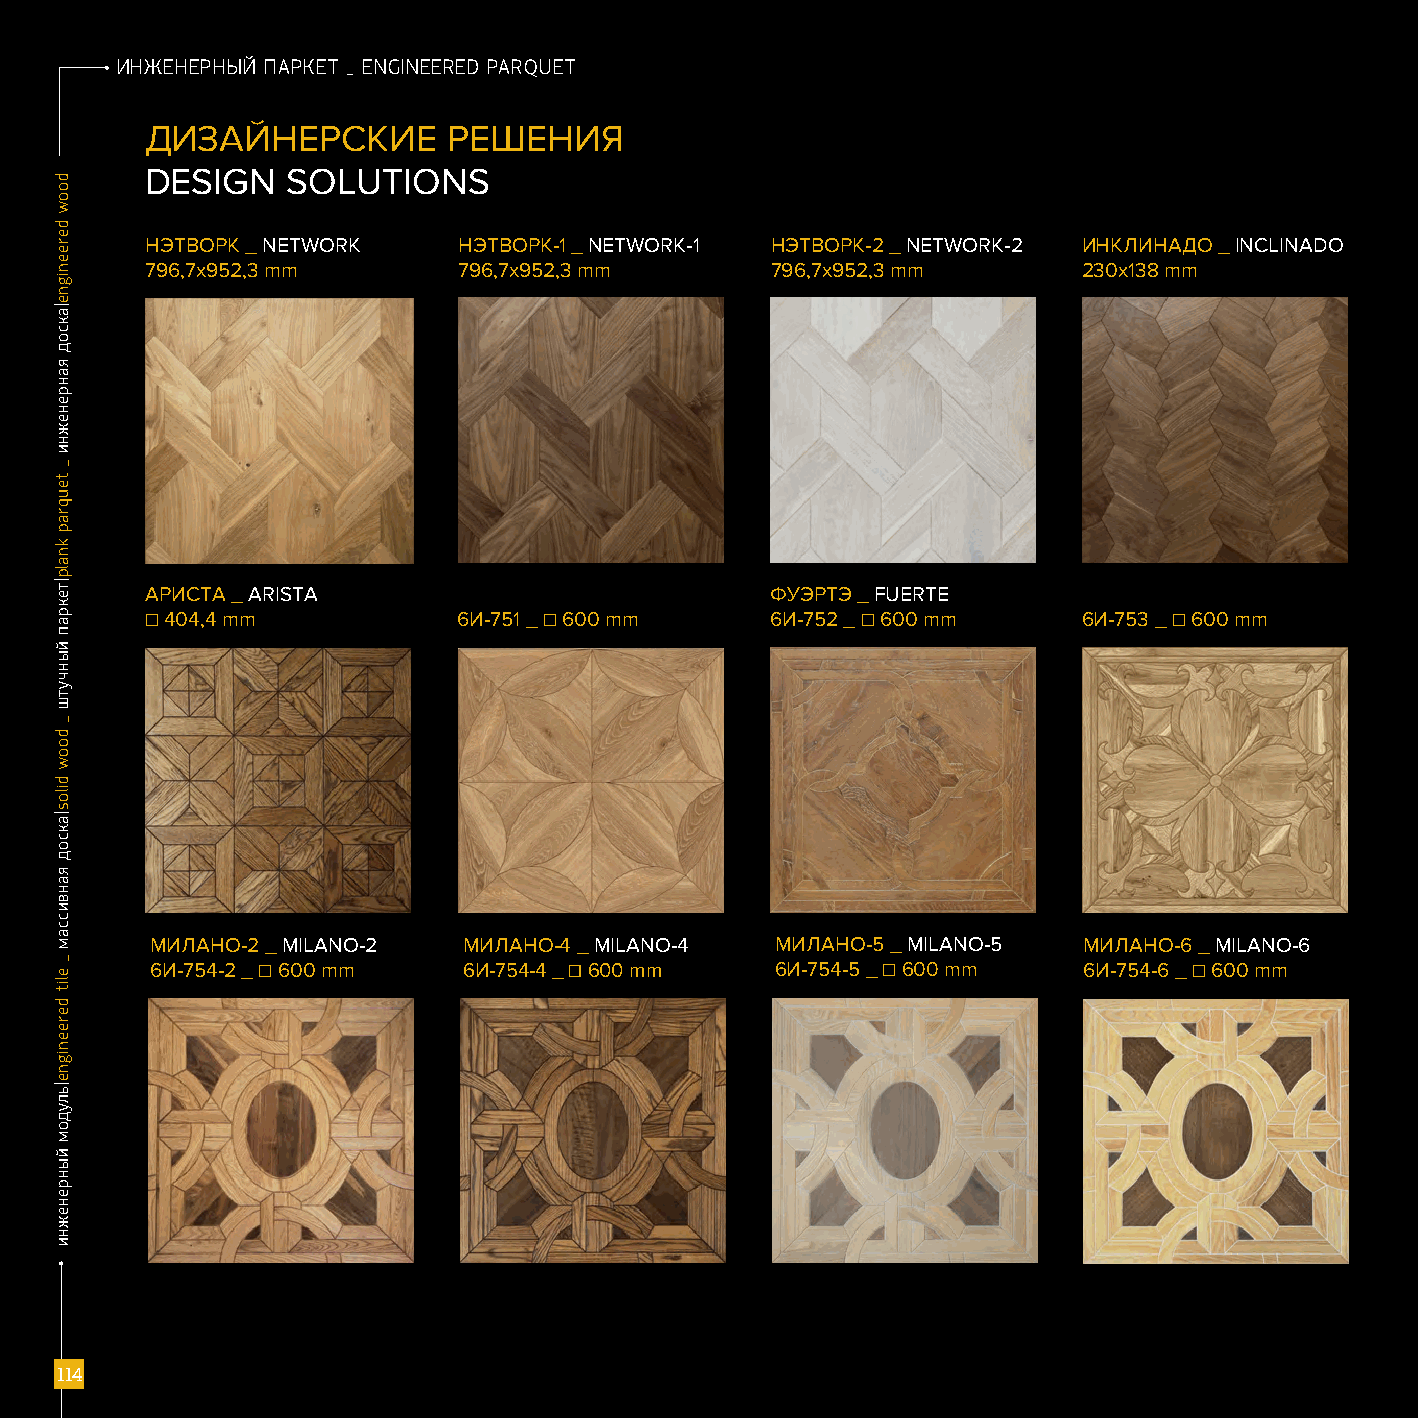
ИНЖЕНЕРНЫЙ ПАРКЕТ _ EnGinEERED PARQUET
 ДИЗАЙНЕРСКИЕ        РЕШЕНИЯ
 DESIGN   SOLUTIONS
 НЭТВОРК _ NETWORK   НЭТВОРК-1 _ NETWORK-1 НЭТВОРК-2 _ NETWORK-2 ИНКЛИНАДО _ INCLINADO
 796,7x952,3 mm      796,7x952,3 mm       796,7x952,3 mm       230x138 mm
 АРИСТА _ ARISTA                          ФУЭРТЭ _ FUERTE
 ☐ 404,4 mm          6И-751 _ ☐ 600 mm    6И-752 _ ☐ 600 mm    6И-753 _ ☐ 600 mm
 МИЛАНО-2 _ MILANO-2  МИЛАНО-4 _ MILANO-4 МИЛАНО-5 _ MILANO-5  МИЛАНО-6 _ MILANO-6
 6И-754-2 _ ☐ 600 mm  6И-754-4 _ ☐ 600 mm 6И-754-5 _ ☐ 600 mm  6И-754-6 _ ☐ 600 mm
 111111444
 ddooooww
 ddeerreeeenniiggnnee||ааккссоодд
 яяааннррееннеежжннии
 __
 tteeuuqqrraapp
 kknnaallpp||ттееккрраапп
 ййыыннччууттшш
 __
 ddooooww
 ddiillooss||ааккссоодд
 яяааннввииссссаамм
 __
 eelliitt
 ddeerreeeenniiggnnee||ььллууддоомм
 ййыыннррееннеежжннии